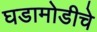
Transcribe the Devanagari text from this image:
घडामोडीचे